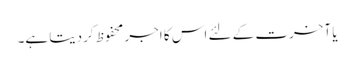
یا آخرت کے لئے اس کا اجر محفوظ کردیتا ہے۔